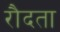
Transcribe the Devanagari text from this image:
रौदता